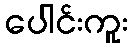
ပေါင်းကူး